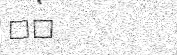
٢٣